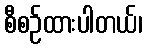
စီစဉ်ထားပါတယ်၊